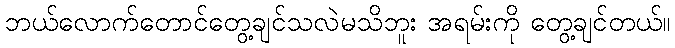
ဘယ်လောက်တောင်တွေ့ချင်သလဲမသိဘူး အရမ်းကို တွေ့ချင်တယ်။